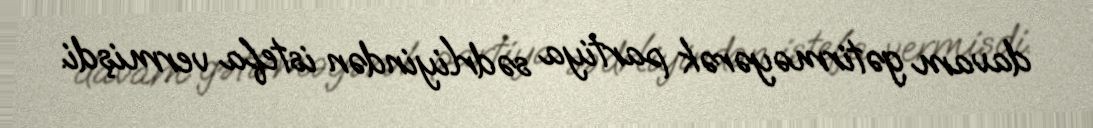
davam gətirməyərək partiya sədrliyindən istefa vermişdi.